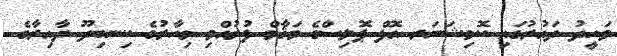
ވަހީދު ދައުރުގައި ކޮމިޝަނަރ އޮފް ޕޮލިސްގެ މަޤާމް ފުރުއްވި މިހާރުގެ ކިނބިދޫ ދާއިރާގެ